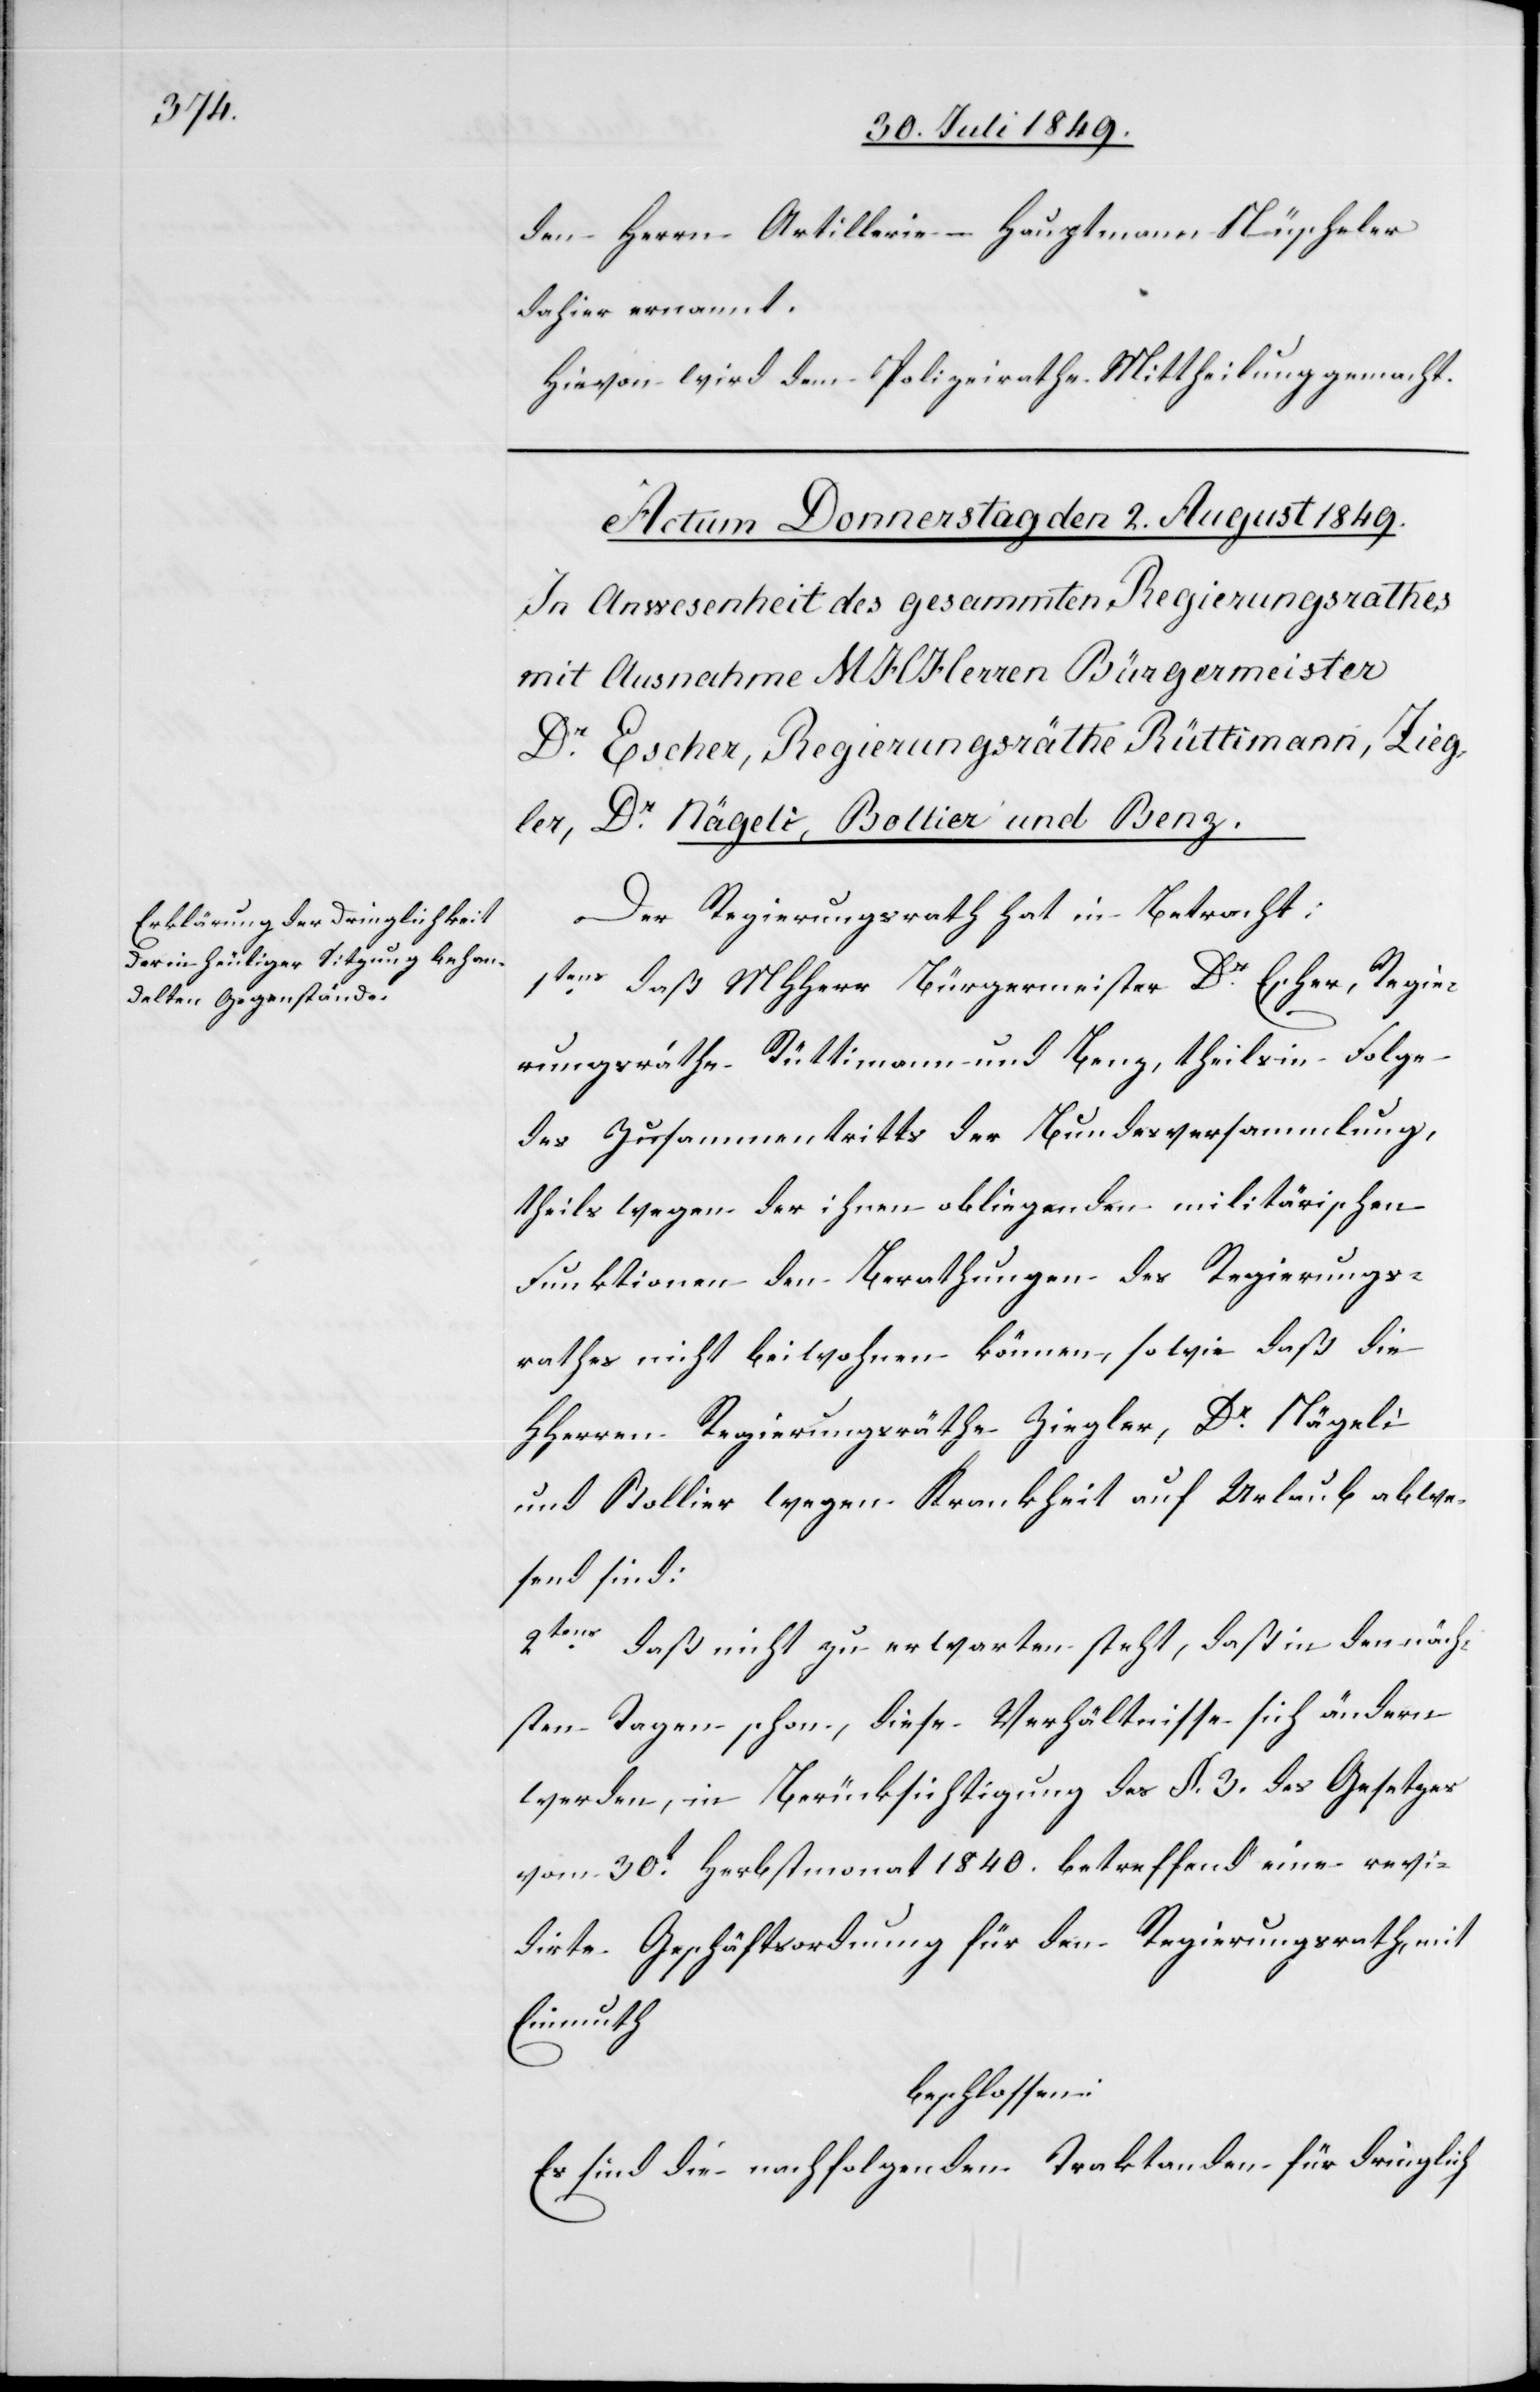
den Herrn Artillerie-Hauptmann Nüscheler
dahier ernannt.
Hievon wir dem Polizeirathe Mittheilung gemacht.
Der Regierungsrath hat in Betracht:
1tens daß MHHerr Bürgermeister Dr Escher, Regie¬
rungsräthe Rüttimann und Benz, theils in Folge
des Zusammentritts der Bundesversammlung,
theils wegen der ihnen obliegenden militärischen
Funktionen den Berathungen des Regierungs¬
rathes nicht beiwohnen können, sowie daß die
HHerren Regierungsräthe Ziegler, Dr Nägeli
und Bollier wegen Krankheit auf Urlaub abwe¬
send sind:
2tens daß nicht zu erwarten steht, daß in den näch¬
sten Tagen schon, diese Verhältnisse sich ändern
werden, in Berücksichtigung des §. 3. des Gesetzes
vom 30t Herbstmonat 1840. betreffend eine revi¬
dirte Geschäftsordnung für den Regierungsrath, mit
Einmuth
beschlossen:
Es sind die nachfolgenden Traktanden für dringlich